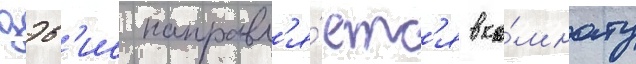
дэв'ис направл'я́етс'я в ко́мнату